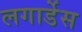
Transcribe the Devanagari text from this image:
लगार्डेस